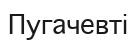
Пугачевті